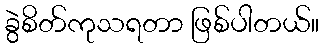
ခွဲစိတ်ကုသရတာ ဖြစ်ပါတယ်။